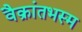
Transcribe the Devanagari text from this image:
वैक्रांतभस्म